Vaccination in the Punjab 1919-1929 - 1919-1929
Year: 1919
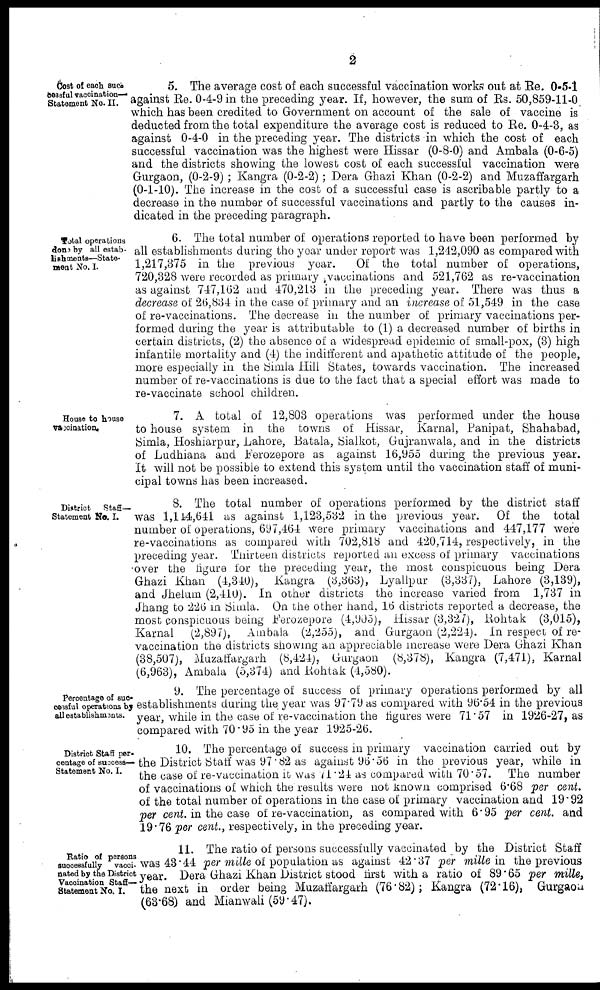
2
Cost of each suc¬
cessful vaccination-
Statement No. II.
5. The average cost of each successful vaccination works out at Re. 0-5-1
against Re. 0-4-9 in the preceding year. If, however, the sum of Rs. 50,859-11-0
which has been credited to Government on account of the sale of vaccine is
deducted from the total expenditure the average cost is reduced to Re. 0-4-3, as
against 0-4-0 in the preceding year. The districts in which the cost of each
successful vaccination was the highest were Hissar (0-8-0) and Ambala (0-6-5)
and the districts showing the lowest cost of each successful vaccination were
Gurgaon, (0-2-9) ; Kangra (0-2-2) ; Dera Ghazi Khan (0-2-2) and Muzaffargarh
(0-1-10). The increase in the cost of a successful case is ascribable partly to a
decrease in the number of successful vaccinations and partly to the causes in-
dicated in the preceding paragraph.
Total operations
done by all estab-
lishments—State-
ment No. I.
6. The total number of operations reported to have been performed by
all establishments during the year under report was 1,242,090 as compared with
1,217,375 in the previous year.
Of the total number of operations,
720,328 were recorded as primary vaccinations and 521,762 as re-vaccination
as against 747,162 and 470,213 in the preceding year. There was thus a
decrease of 26,834 in the case of primary and an increase of 51,549 in the case
of re-vaccinations. The decrease in the number of primary vaccinations per-
formed during the year is attributable to (1) a decreased number of births in
certain districts, (2) the absence of a widespread epidemic of small-pox, (3) high
infantile mortality and (4) the indifferent and apathetic attitude of the people,
more especially in the Simla Hill States, towards vaccination. The increased
number of re-vaccinations is due to the fact that a special effort was made to
re-vaccinate school children.
House to house
vaccination.
7. A total of 12,803 operations was performed under the house
to house system in the towns of Hissar, Karnal, Panipat, Shahabad,
Simla, Hoshiarpur, Lahore, Batala, Sialkot, Gujranwala, and in the districts
of Ludhiana and Ferozepore as against 16,955 during the previous year.
It will not be possible to extend this system until the vaccination staff of muni-
cipal towns has been increased.
District
Staff-
Statement No. I.
8. The total number of operations performed by the district staff
was 1,144,641 as against 1,123,532 in the previous year. Of the total
number of operations, 697,464 were primary vaccinations and 447,177 were
re-vaccinations as compared with 702,818 and 420,714, respectively, in the
preceding year. Thirteen districts reported an excess of primary vaccinations
over the figure for the preceding year, the most conspicuous being Dera
Ghazi Khan (4,340), Kangra (3,363), Lyallpur (3,337), Lahore (3,139),
and Jhelum (2,410). In other districts the increase varied from 1,737 in
Jhang to 226 in Simla. On the other hand, 16 districts reported a decrease, the
most conspicuous being Ferozepore (4,905), Hissar (3,327), Rohtak (3,015),
Karnal (2,897), Ambala (2,255), and Gurgaon (2,224). In respect of re-
vaccination the districts showing an appreciable increase were Dera Ghazi Khan
(38,507), Muzaffargarh (8,424), Gurgaon (8,378), Kangra (7,471), Karnal
(6,963), Ambala (5,374) and Rohtak (4,580).
Percentage of suc-
cessful operations by
all establishments.
9. The percentage of success of primary operations performed by all
establishments during the year was 97.79 as compared with 96.54 in the previous
year, while in the case of re-vaccination the figures were 71.57 in 1926-27, as
compared with 70.95 in the year 1925-26.
District Staff per¬
centage of success¬
Statement No. I.
10. The percentage of success in primary vaccination carried out by
the District Staff was 97.82 as against 96.56 in the previous year, while in
the case of re-vaccination it was 71.24 as compared with 70.57. The number
of vaccinations of which the results were not known comprised 6.68 per cent.
of the total number of operations in the case of primary vaccination and 19.92
per cent. in the case of re-vaccination, as compared with 6.95 per cent. and
19.76 per cent. respectively, in the preceding year.
Ratio of persons
successfully vacci-
nated by the District
Vaccination Staff-
Statement No. I.
11. The ratio of persons successfully vaccinated by the District Staff
was 43.44 per mille of population as against 42.37 per mille in the previous
year. Dera Ghazi Khan District stood first with a ratio of 89.65 per mille,
the next in order being Muzaffargarh (76.82); Kangra (72.16), Gurgaon
(63.68) and Mianwali (59.47).